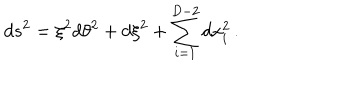
d s ^ { 2 } = \xi ^ { 2 } d \theta ^ { 2 } + d \xi ^ { 2 } + \sum _ { i = 1 } ^ { D - 2 } d x _ { i } ^ { 2 } \, .